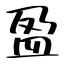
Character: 盈